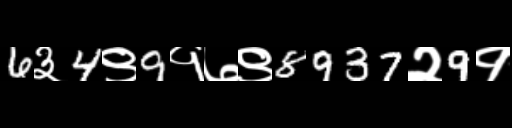
Text: 6३4९9१७९8937२9१